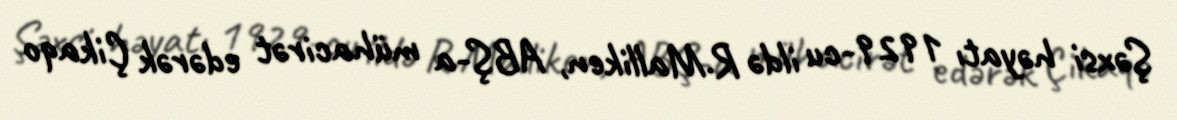
Şəxsi həyatı 1929-cu ildə R.Malliken, ABŞ-a mühacirət edərək Çikaqo